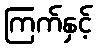
ကြက်နှင့်